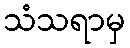
သံသရာမှ